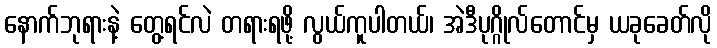
နောက်ဘုရားနဲ့ တွေ့ရင်လဲ တရားရဖို့ လွယ်ကူပါတယ်၊ အဲဒီပုဂ္ဂိုလ်တောင်မှ ယခုခေတ်လို